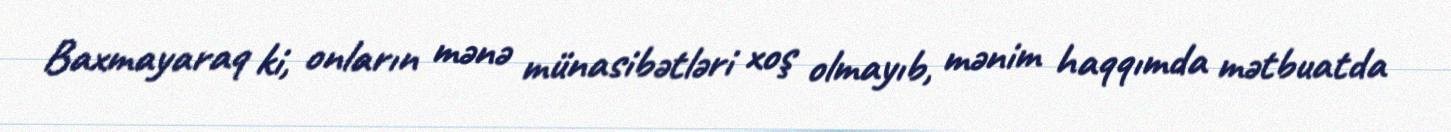
Baxmayaraq ki, onların mənə münasibətləri xoş olmayıb, mənim haqqımda mətbuatda